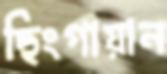
ছিংগায়ান